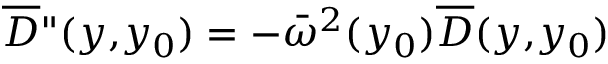
\overline { { \cal D } } " ( y , \! y _ { 0 } ) = - { \bar { \omega } } ^ { 2 } ( y _ { 0 } ) \overline { { \cal D } } ( y , \! y _ { 0 } )